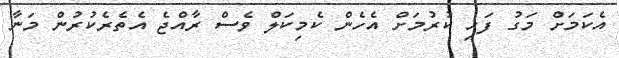
އެކަމަށް މަގު ފަހި ކުރުމަށް އެހެން ކެމިކަލް ވެސް ރާއްޖެ އެތެރެކުރުން މަނާ